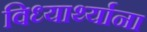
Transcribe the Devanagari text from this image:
विध्यार्थ्याना